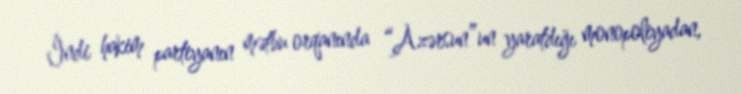
İndi hakim partiyanın mətbu orqanında “Azərsun”un yaratdığı monopoliyadan,